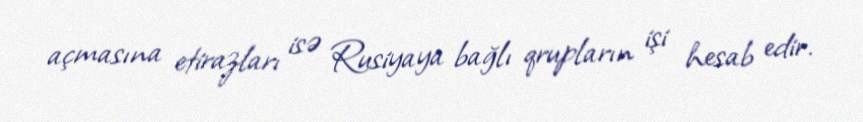
açmasına etirazları isə Rusiyaya bağlı qrupların işi hesab edir.